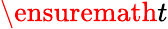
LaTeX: \ensuremath{t}